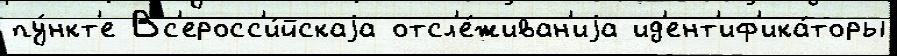
пу́нкт'е Вс'еросс'и́йскаjа отсл'е́живан'иjа ид'ент'иф'ика́торы